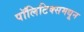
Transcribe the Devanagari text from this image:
पॉलिटिक्समधून